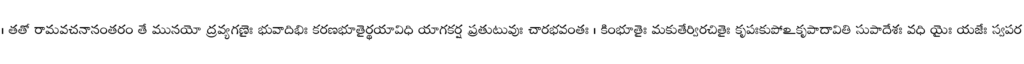
। తతో రామవచనానంతరం తే మునయో ద్రవ్యగణైః భువాదిభిః కరణభూతైర్థయావిధి యాగకర్ష ప్రతుటువుః చారభవంతః । కింభూతైః మకుతేర్విరచితైః కృపఃకుపోఽకృపాదావితి సుపాదేశః వధి యైః యజేః స్వపర